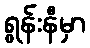
ရွန်းနီမှာ